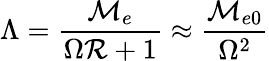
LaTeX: \Lambda=\frac{{\cal M}_{e}}{\Omega{\cal R}+1}\approx\frac{{\cal M}_{e0}}{\Omega^{2}}